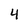
Character: 4